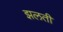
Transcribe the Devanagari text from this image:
झलती